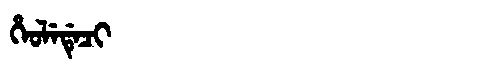
Manchu: ᡥᡝᠣᠯᡝᡩᡝᠴᡳ
Romanization: HEOLEDECI